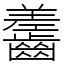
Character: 齹